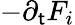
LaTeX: -\partial_{\mathsf{t}}F_{i}